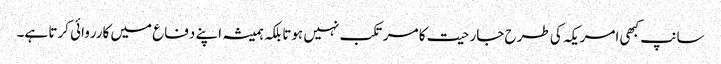
سانپ کبھی امریکہ کی طرح جارحیت کا مرتکب نہیں ہوتا بلکہ ہمیشہ اپنے دفاع میں کارروائی کرتا ہے۔